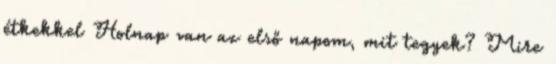
étkekkel Holnap van az első napom, mit tegyek? Mire